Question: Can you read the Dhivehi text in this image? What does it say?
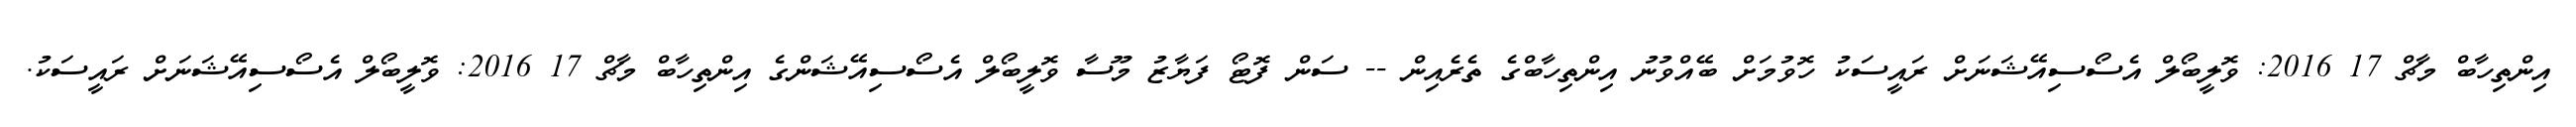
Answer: އިންތިހާބް މާޗް 17 2016: ވޮލީބޯލް އެސޯސިއޭޝަނަށް ރައީސަކު ހޮވުމަށް ބޭއްވުނު އިންތިހާބްގެ ތެރެއިން -- ސަން ފޮޓޯ ފަޔާޒު މޫސާ ވޮލީބޯލް އެސޯސިއޭޝަންގެ އިންތިހާބް މާޗް 17 2016: ވޮލީބޯލް އެސޯސިއޭޝަނަށް ރައީސަކު.